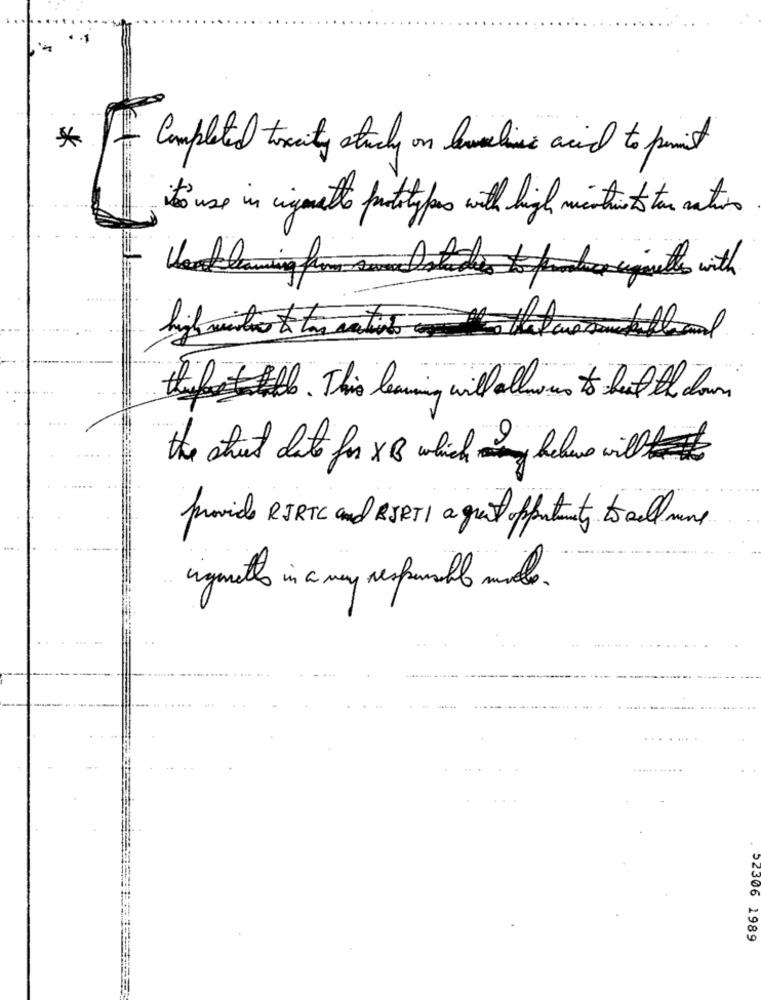
*
Completed tixcity study on levelis acid to print
to use in vignette prototypes with high mictur t tar nation
Rufst le . This learning will allowus to beat the clown
the street date for XB which may belove will #
provide RIRTC and RERTI a great ofutente to al wine
ingments in a way responsable mile .
..... ......
02306 1989